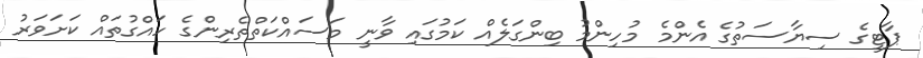
ޕާޓީގެ ސިޔާސަތުގެ އެންމެ މުހިންމު ބިންގަލެއް ކަމުގައި ވާނީ މަސައްކަތްތެރިންގެ ހައްގުތައް ކަށަވަރު